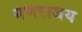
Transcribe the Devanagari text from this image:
गणराजय